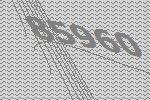
85960